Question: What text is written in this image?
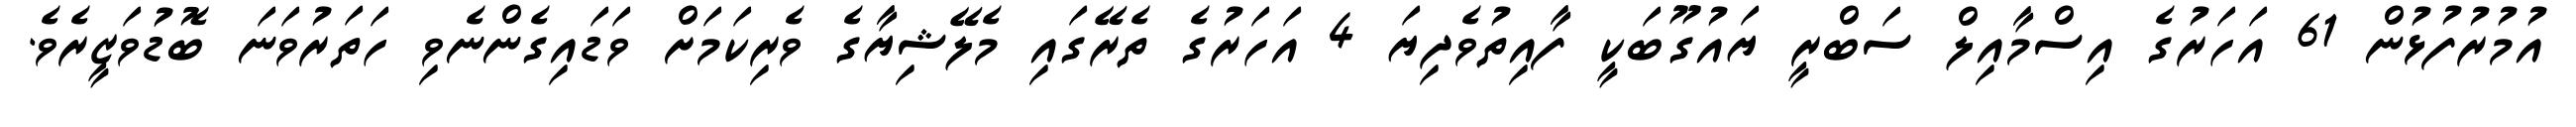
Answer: އުމުރުފުޅުން 61 އަހަރުގެ އިސްމާއިލް ސަބްރީ ޔައުގޫބަކީ ފާއިތުވެދިޔަ 4 އަހަރުގެ ތެރޭގައި މެލޭޝިޔާގެ ވެރިކަމަށް ވަޑައިގެންނެވި ހަތަރުވަނަ ބޮޑުވަޒީރެވެ.